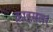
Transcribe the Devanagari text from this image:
क्राइसलर